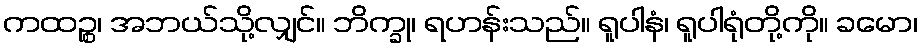
ကထဉ္စ၊ အဘယ်သို့လျှင်။ ဘိက္ခု၊ ရဟန်းသည်။ ရူပါနံ၊ ရူပါရုံတို့ကို။ ခမော၊